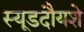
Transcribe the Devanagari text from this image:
स्यूडदौयशे